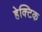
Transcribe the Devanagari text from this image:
हेक्टिक